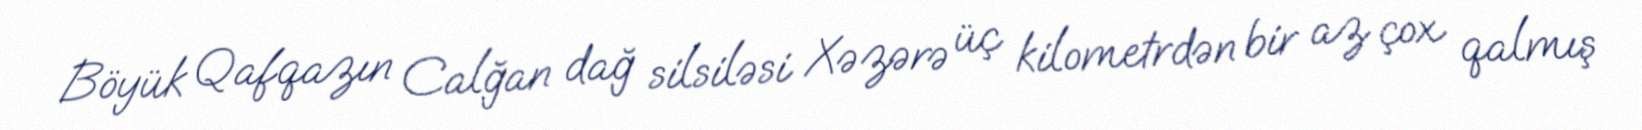
Böyük Qafqazın Calğan dağ silsiləsi Xəzərə üç kilometrdən bir az çox qalmış